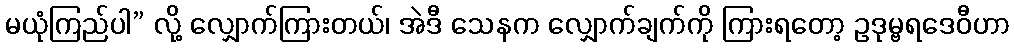
မယုံကြည်ပါ” လို့ လျှောက်ကြားတယ်၊ အဲဒီ သေနက လျှောက်ချက်ကို ကြားရတော့ ဥဒုမ္ဗရဒေဝီဟာ